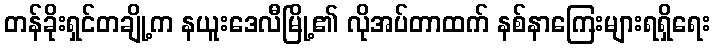
တန်ခိုးရှင်တချို့က နယူးဒေလီမြို့၏ လိုအပ်တာထက် နစ်နာကြေးများရရှိရေး